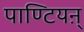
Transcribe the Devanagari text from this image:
पाण्टियऩ्